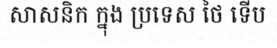
សាសនិក ក្នុង ប្រទេស ថៃ ទើប